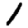
Digit: 1